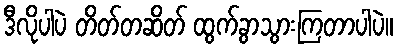
ဒီလိုပါပဲ တိတ်တဆိတ် ထွက်ခွာသွားကြတာပါပဲ။